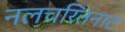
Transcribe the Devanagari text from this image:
नलचरितनाट